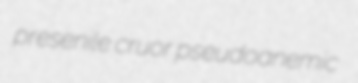
presenile cruor pseudoanemic